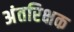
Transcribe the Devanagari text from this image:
अंतरिक्षक